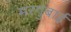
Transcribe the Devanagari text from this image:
मरगुबाई